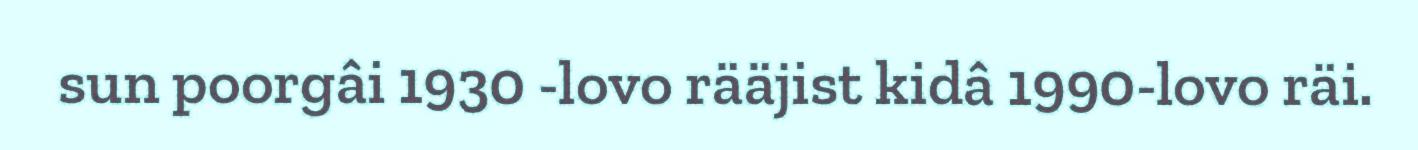
sun poorgâi 1930 -lovo rääjist kidâ 1990-lovo räi.